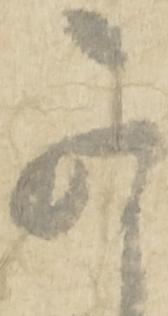
可